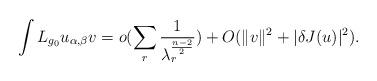
LaTeX: \begin{align*}\int L_{g_{0}}u_{\alpha, \beta}v=o(\sum_{r}\frac{1}{\lambda_{r}^{\frac{n-2}{2}}})+O(\Vert v \Vert^{2}+\vert \delta J(u)\vert^{2}).\end{align*}